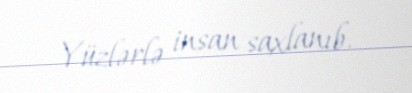
Yüzlərlə insan saxlanıb.